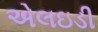
એલઇડી